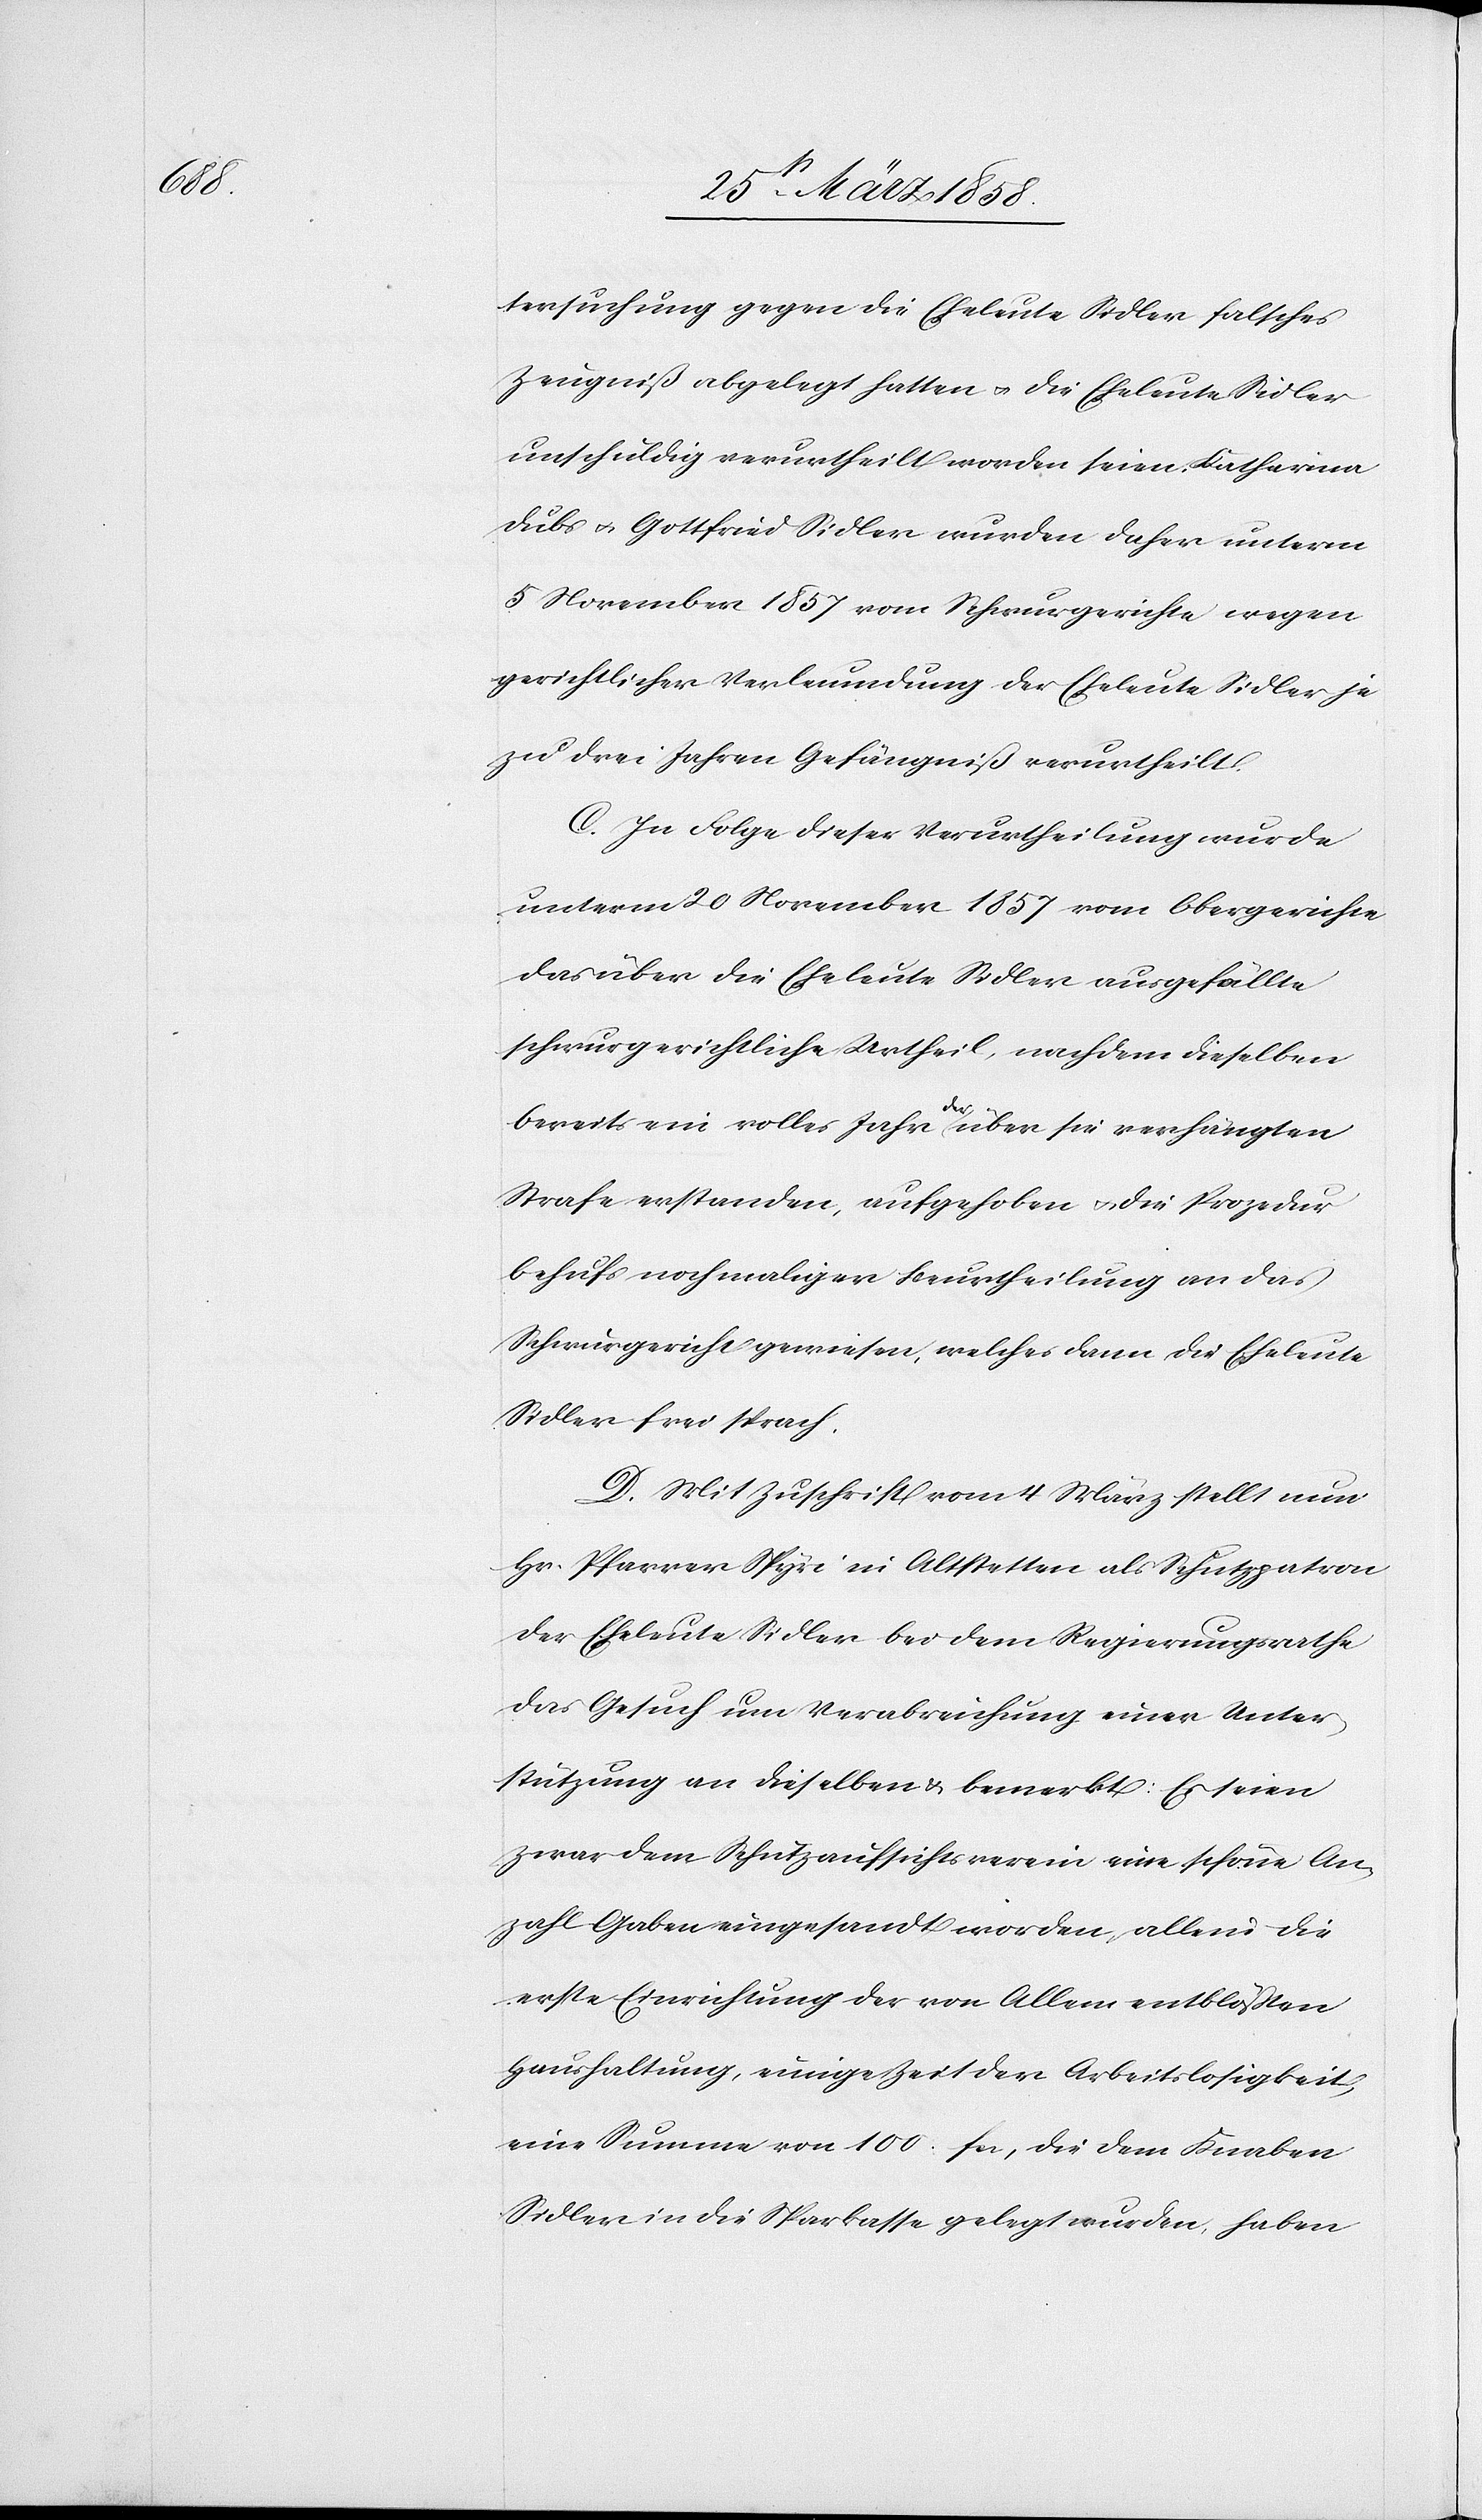
tersuchung gegen die Eheleute Sidler falsches
Zeugniß abgelegt hatten u. die Eheleute Sidler
unschuldig verurtheilt worden seien. Katharina
Dubs u. Gottfried Sidler wurden daher unterm
5. November 1857 vom Schwurgerichte wegen
gerichtlicher Verleumdung der Eheleute Sidler je
zu drei Jahren Gefängniß verurtheilt.
C. In Folge dieser Verurtheilung wurde
unterm 20. November 1857 vom Obergerichte
das über die Eheleute Sidler ausgefällte
schwurgerichtliche Urtheil, nachdem dieselben
bereits ein volles Jahr der über sie verhängten
Strafe erstanden, aufgehoben u. die Prozedur
behufs nochmaliger Beurtheilung an das
Schwurgericht gewiesen, welches dann die Eheleute
Sidler frei sprach.
D. Mit Zuschrift vom 4. März stellt nun
Hr. Pfarrer Spyri in Altstetten als Schutzpatron
der Eheleute Sidler bei dem Regierungsrathe
das Gesuch um Verabreichung einer Unter¬
stützung an dieselben u. bemerkt: Es seien
zwar dem Schutzaufsichtsverein eine schöne An¬
zahl Gaben eingesandt worden, allein die
erste Einrichtung der von Allem entblößten
Haushaltung, einige Zeit der Arbeitslosigkeit,
eine Summe von 100 fcs., die dem Knaben
Sidler in die Sparkasse gelegt wurden, haben